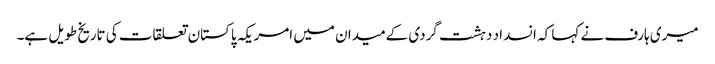
میری ہارف نے کہا کہ انسداد دہشت گردی کےمیدان میں امریکہ پاکستان تعلقات کی تاریخ طویل ہے۔